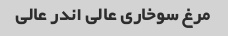
مرغ سوخاری عالی اندر عالی